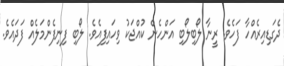
ދެގަޑިއިރެއްހާ ފަހެވެ. ރީނާ ލޯބިލޯބި އަންހެން ކުއްޖަކު ވިހައިފިއެވެ. ލޯބި ފިނިފެންމަލެއް ފަދައެވެ.